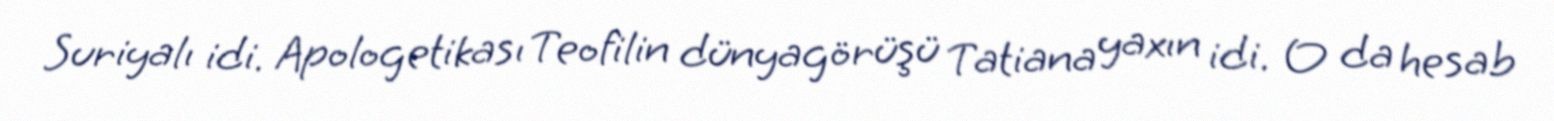
Suriyalı idi. Apologetikası Teofilin dünyagörüşü Tatiana yaxın idi. O da hesab